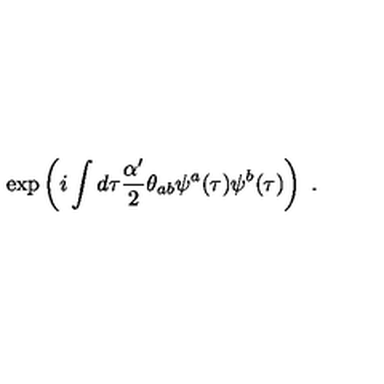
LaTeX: \exp \left( i \int d \tau \frac { \alpha ^ { \prime } } { 2 } \theta _ { a b } \psi ^ { a } ( \tau ) \psi ^ { b } ( \tau ) \right) \ .